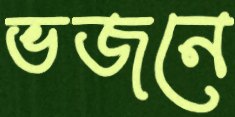
ভজনে